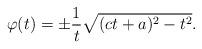
LaTeX: \begin{align*} \varphi(t) = \pm \frac{1}{t} \sqrt{(c t+a)^2 -t^2}.\end{align*}